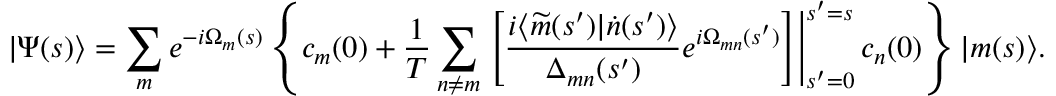
| \Psi ( s ) \rangle = \sum _ { m } e ^ { - i \Omega _ { m } ( s ) } \left\{ c _ { m } ( 0 ) + \frac { 1 } { T } \sum _ { n \neq m } \left. \left[ \frac { i \langle \widetilde { m } ( s ^ { \prime } ) | \dot { n } ( s ^ { \prime } ) \rangle } { \Delta _ { m n } ( s ^ { \prime } ) } e ^ { i \Omega _ { m n } ( s ^ { \prime } ) } \right] \right| _ { s ^ { \prime } = 0 } ^ { s ^ { \prime } = s } c _ { n } ( 0 ) \right\} | m ( s ) \rangle .